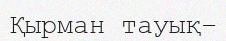
Қырман тауық–